Medical and sanitary report of the native army of Madras for the year
Year: 1876
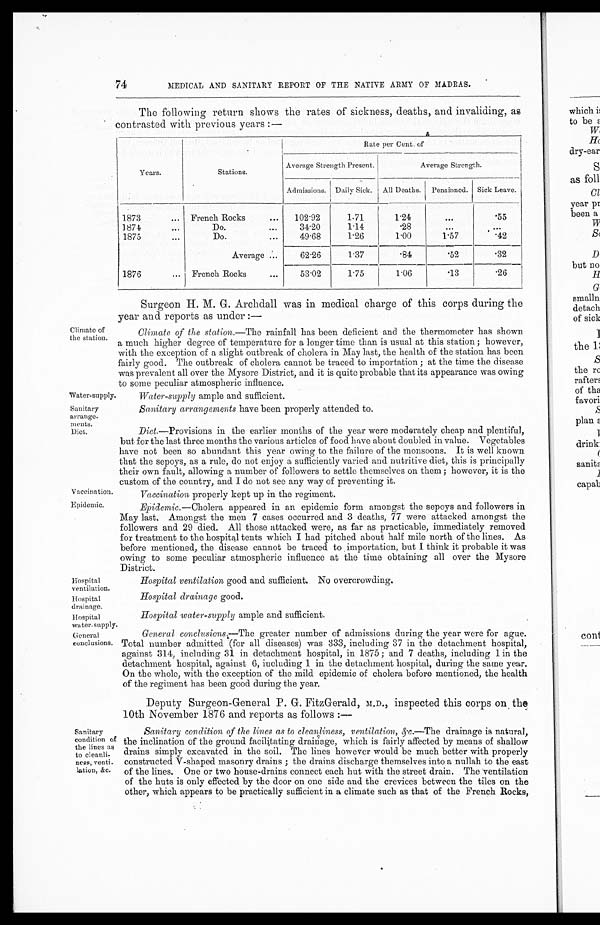
Water-supply
Sanitary
arrange-
Diet.
Vaccination.
Epidemic.
Hospitals
ventilation.
Hospital
drainage.
Climate of
the station.
74
MEDICAL AND SANITARY REPORT OF THE NATIVE ARMY OF MADRAS.
The following return shows the rates of sickness, deaths, and invaliding, as
contrasted with previous years :—
Years.
Stations.
Rate per Cent. of
-
—
Average Strength Present.
Average Strength.
Admissions. Dail y Sick. All Deaths. Pensioned. Sick Leave.
1873
... French Rocks
...
102.92
1.71
1.24
...
.55
1874
Do.
...
34.20
1.14
. 2 8
...
1875
...
Do.
...
49.68
1.26
1.00
1.57
. 4 2
Average ...
62.26
1.37
.84
. 5 2
. 3 2
_
1876
... French Rocks
...
53.02
1.75
1.06
.13
. 2 6
Surgeon H. M. G. Archdall was in medical charge of this corps during the
year and reports as under :—
Climate of the station.— The rainfall has been deficient and the thermometer has shown
a much higher degree of temperature for a longer time than is usual at this station ; however,
with the exception of a slight outbreak of cholera in May last, the health of the station has been
fairly good. The outbreak of cholera cannot be traced to importation ; at the time the disease
was prevalent all over the Mysore District, and it is quite probable that its appearance was owing
to some peculiar atmospheric influence.
Water-supply ample and sufficient.
Sanitary arrangements have been properly attended to.
Diet. —Provisions in the earlier months of the year were moderately cheap and plentiful,
but for the last three months the various articles of food have about doubled in value. Vegetables
have not been so abundant this year owing to the failure of the monsoons. It is well known
that the sepoys, as a rule, do not enjoy a sufficiently varied and nutritive diet, this is principally
their own fault, allowing a number of followers to settle themselves on them ; however, it is the
custom of the country, and I do not see any way of preventing it.
Vaccination properly kept up in the regiment.
Epidemic.—Cholera appeared in an epidemic form amongst the sepoys and followers in
May last. Amongst the men 7 cases occurred and 3 deaths, 77 were attacked amongst the
followers and 29 died. All those attacked were, as far as practicable, immediately removed
for treatment to the hospital tents which I had pitched about half mile north of the lines. As
before mentioned, the disease cannot be traced to importation, but I think it probable it was
owing to some peculiar atmospheric influence at the time obtaining all over the Mysore
District.
Hospital ventilation good and sufficient. No overcrowding.
Hospital drainage good.
Hospital water-supply ample and sufficient.
Hospital
water- supply.
General conclusions.— The greater number of admissions during the year were for ague.
Total number admitted (for all diseases) was 333, including 37 in the detachment hospital,
against 314, including 31 in detachment hospital, in 1875 ; and 7 deaths, including 1 in the
detachment hospital, against 6, including 1 in the detachment hospital, during the same year.
On the whole, with the exception of the mild epidemic of cholera before mentioned, the health
of the regiment has been good during the year.
Deputy Surgeon-General P. G. FitzGerald, M.D., inspected this corps on , the
10th November 1876 and reports as follows :—
G en era 1
conclusions.
Sanitary
condition of
the lines as
to cleanli-
ness, venti
lation, &c.
Sanitary condition, of the lines as to cleanliness, ventilation, &c.—The drainage is natural,
the inclination of the ground facilitating drainage, which is fairly affected by means of shallow
drains simply excavated in the soil. The lines however would be much better with properly
constructed V-shaped masonry drains ; the drains discharge themselves into a nullah to the east
of the lines. One or two house-drains connect each hut with the street drain. The ventilation
of the huts is only effected by the door on one side and the crevices between the tiles on the
other, which appears to be practically sufficient in a climate such as that of the French Rocks,